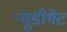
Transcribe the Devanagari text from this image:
न्यूडीगेट